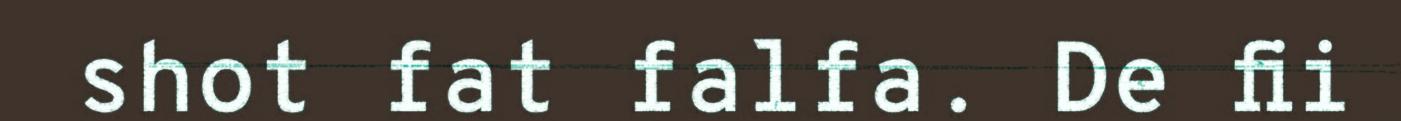
shot fat falfa. De fii